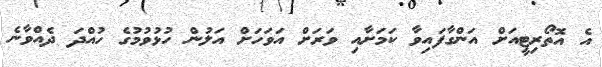
އެ އޮތޯރިޓީއަށް އަންގާފައިވާ ކަމަށާއި ވަރަށް އަވަހަށް އަލުން ހުޅުވުމުގެ ހުއްދަ ދެއްވާނެ